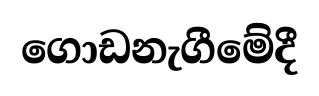
ගොඩනැගීමේදී